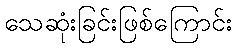
သေဆုံးခြင်းဖြစ်ကြောင်း